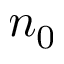
n _ { 0 }